Indian Civil Veterinary Department memoirs
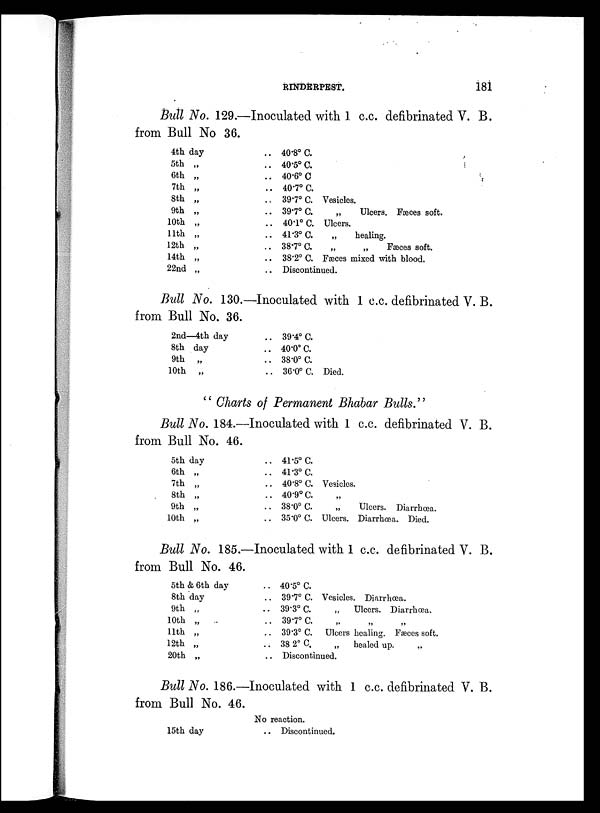
RINDERPEST.
181
Bull No. 129.—Inoculated with 1 c.c. defibrinated V. B.
from Bull No 36.
4th day
5th „
6th „
7th „
8th „
9th „
10th „
11th „
12th „
14th „
22nd „
.. 40.8º C.
.. 40.5º C.
.. 40.6º C
.. 40.7º C.
.. 39.7º C. Vesicles.
.. 39.7º C.
„
Ulcers. Fæces soft.
.. 40.1º C. Ulcers.
.. 41.3º C.
„
healing.
.. 38.7º
C.
„
„
Fæces soft.
.. 38.2º C. Fæces mixed with blood.
.. Discontinued.
Bull No. 130.—Inoculated with 1 c.c. defibrinated V. B.
from Bull No. 36.
2nd—4th day
8th day
9th
„
10th
„
.. 39.4º C.
.. 40.0º C.
.. 38.0º C.
.. 36.0º C. Died.
" Charts of Permanent Bhabar Bulls."
Bull No. 184.—Inoculated with 1 c.c. defibrinated V. B.
from Bull No. 46.
5th day
6th „
7th „
8th „
9th „
10th „
.. 41.5º C.
.. 41.3º C.
.. 40.8º C. Vesicles.
.. 40.9º C. „
.. 38.0º 0.
„
Ulcers. Diarrhœa.
.. 35.0º C. Ulcers. Diarrhœa. Died.
Bull No. 185.—Inoculated with 1 c.c. defibrinated V. B.
from Bull No. 46.
5th & 6th day
8th day
9th „
10th „
11th „
12th „
20th „
.. 40.5º C.
.. 39.7º C. Vesicles. Diarrhœa.
.. 39.3º C. „
Ulcers. Diarrhœa.
.. 39.7º C. „ „ „
.. 39.3º C. Ulcers healing. Fæces soft.
.. 38 2º C.
„
healed up. „
.. Discontinued.
Bull No. 186.—Inoculated with 1 c.c. defibrinated V. B.
from Bull No. 46.
15th day
No reaction.
.. Discontinued.